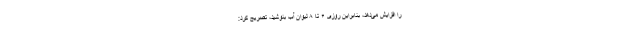
را افزایش می‌دهد، بنابراین روزی ۶ تا ۸ لیوان آب بنوشید، تصریح کرد: